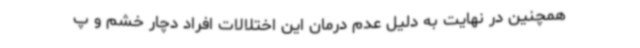
همچنین در نهایت به دلیل عدم درمان این اختلالات افراد دچار خشم و پ